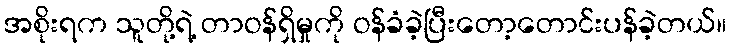
အစိုးရက သူတို့ရဲ့ တာဝန်ရှိမှုကို ဝန်ခံခဲ့ပြီးတော့တောင်းပန်ခဲ့တယ်။